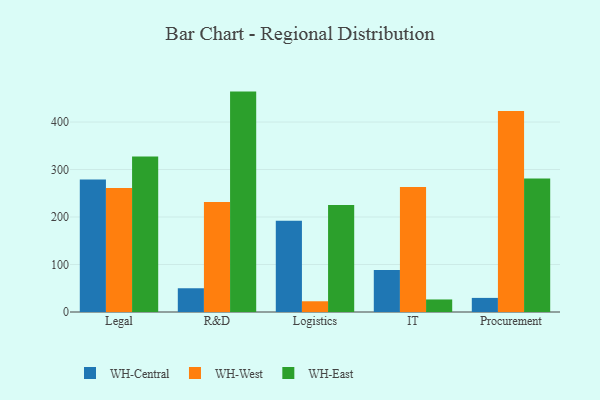
{"axis": {"x": "Department", "y": "Latency (ms)"}, "legend": ["WH-Central", "WH-East", "WH-West"], "data": [{"x": "Legal", "y": 279.1, "type": "WH-Central"}, {"x": "Legal", "y": 261.1, "type": "WH-West"}, {"x": "Legal", "y": 327.2, "type": "WH-East"}, {"x": "R&D", "y": 50.0, "type": "WH-Central"}, {"x": "R&D", "y": 231.5, "type": "WH-West"}, {"x": "R&D", "y": 464.1, "type": "WH-East"}, {"x": "Logistics", "y": 191.9, "type": "WH-Central"}, {"x": "Logistics", "y": 22.6, "type": "WH-West"}, {"x": "Logistics", "y": 225.1, "type": "WH-East"}, {"x": "IT", "y": 88.2, "type": "WH-Central"}, {"x": "IT", "y": 263.0, "type": "WH-West"}, {"x": "IT", "y": 26.4, "type": "WH-East"}, {"x": "Procurement", "y": 29.7, "type": "WH-Central"}, {"x": "Procurement", "y": 423.0, "type": "WH-West"}, {"x": "Procurement", "y": 281.1, "type": "WH-East"}]}